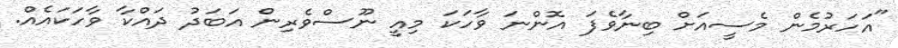
"އަހަރުމެން މެސީއަށް ބިނާވެފަ އޮންނަ ވާހަކަ މިއީ ނޫސްވެރިން އަބަދު ދައްކާ ވާހަކައެއް.